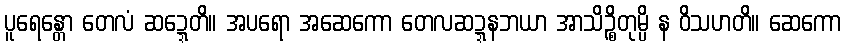
ပူရေန္တော တေလံ ဆဍ္ဍေတိ။ အပရော အဆေကော တေလဆဍ္ဍနဘယာ အာသိဉ္စိတုမ္ပိ န ဝိသဟတိ။ ဆေကော